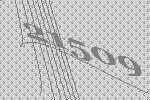
21509